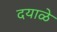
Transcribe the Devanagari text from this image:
दयाळे